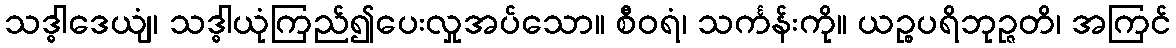
သဒ္ဓါဒေယျံ၊ သဒ္ဓါယုံကြည်၍ပေးလှုအပ်သော။ စီဝရံ၊ သင်္ကန်းကို။ ယဉ္စပရိဘုဉ္ဇတိ၊ အကြင်